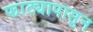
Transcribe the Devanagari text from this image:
फाट्यापासुन